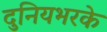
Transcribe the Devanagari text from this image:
दुनियभरके